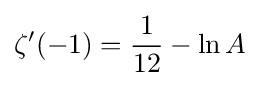
\zeta '(-1)={\frac {1}{12}}-\ln A